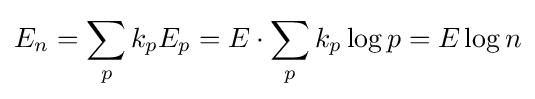
E_{n}=\sum _{p}k_{p}E_{p}=E\cdot \sum _{p}k_{p}\log p=E\log n